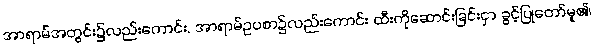
အာရာမ်အတွင်း၌လည်းကောင်း, အာရာမ်ဥပစာ၌လည်းကောင်း ထီးကိုဆောင်းခြင်းငှာ ခွင့်ပြုတော်မူ၏၊